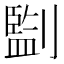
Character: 㔋